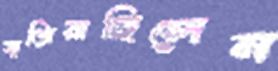
বাজিয়াছিলেন